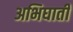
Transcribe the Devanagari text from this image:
अभिघाती